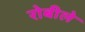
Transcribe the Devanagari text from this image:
रोबीले